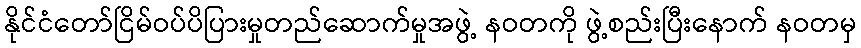
နိုင်ငံတော်ငြိမ်ဝပ်ပိပြားမှုတည်ဆောက်မှုအဖွဲ့ နဝတကို ဖွဲ့စည်းပြီးနောက် နဝတမှ